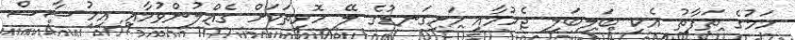
ހަމުގެ ތަފާތު އެކި ބަލިބަލި ޖެހުމާއި ހަށިގަނޑުގެ ލޭ ހޮޅިތަކަށް ގެއްލުންވުމާއި އިހުސާސް